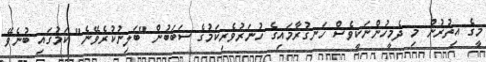
މީގެ އިތުރުން މި ދެމީހުންނަކީވެސް ހަނގުރާމައިގެ ހުނަރުވެރިކަމުގެ ސަބަބުން "ބަލިނުކުރެވޭނެ" ކަމުގައި ބުނެވޭ